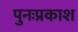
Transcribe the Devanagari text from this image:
पुनःप्रकाश